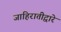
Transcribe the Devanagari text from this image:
जाहिरातीद्वारे